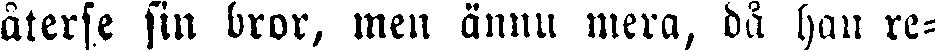
återse sin bror, men ännu mera, då han re-